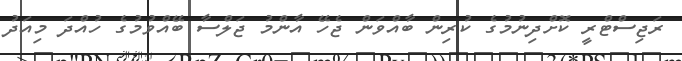
ރަޖިސްޓްރީ ކޮށްދިނުމުގެ ކުރިން ބާއްވަން ޖެހޭ އާންމު ޖަލްސާ ބޭއްވުމުގެ ހުއްދަ މިއަދު